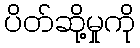
ပိတ်ဆို့မှုကို